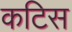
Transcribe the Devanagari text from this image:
कटिस